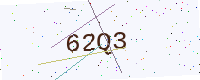
Text: 62Q3